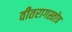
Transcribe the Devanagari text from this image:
वीतरागस्तोत्र